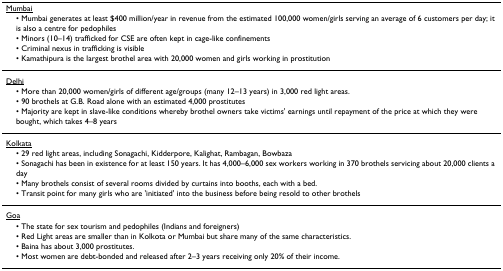
<table><thead><tr><td><b><underline>Mumbai</underline></b></td></tr><tr><td><b> • Mumbai generates at least $400 million/year in revenue from the estimated 100,000 women/girls serving an average of 6 customers per day; it is also a centre for pedophiles</b></td></tr><tr><td><b> • Minors (10–14) trafficked for CSE are often kept in cage-like confinements</b></td></tr><tr><td><b> • Criminal nexus in trafficking is visible</b></td></tr><tr><td><b> • Kamathipura is the largest brothel area with 20,000 women and girls working in prostitution</b></td></tr></thead><tbody><tr><td><underline>Delhi</underline></td></tr><tr><td> • More than 20,000 women/girls of different age/groups (many 12–13 years) in 3,000 red light areas.</td></tr><tr><td> • 90 brothels at G.B. Road alone with an estimated 4,000 prostitutes</td></tr><tr><td> • Majority are kept in slave-like conditions whereby brothel owners take victims&#x27; earnings until repayment of the price at which they were bought, which takes 4–8 years</td></tr><tr><td><underline>Kolkata</underline></td></tr><tr><td> • 29 red light areas, including Sonagachi, Kidderpore, Kalighat, Rambagan, Bowbaza</td></tr><tr><td> • Sonagachi has been in existence for at least 150 years. It has 4,000–6,000 sex workers working in 370 brothels servicing about 20,000 clients a day</td></tr><tr><td> • Many brothels consist of several rooms divided by curtains into booths, each with a bed.</td></tr><tr><td> • Transit point for many girls who are &#x27;initiated&#x27; into the business before being resold to other brothels</td></tr><tr><td><underline>Goa</underline></td></tr><tr><td> • The state for sex tourism and pedophiles (Indians and foreigners)</td></tr><tr><td> • Red Light areas are smaller than in Kolkota or Mumbai but share many of the same characteristics.</td></tr><tr><td> • Baina has about 3,000 prostitutes.</td></tr><tr><td> • Most women are debt-bonded and released after 2–3 years receiving only 20% of their income.</td></tr></tbody></table>